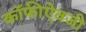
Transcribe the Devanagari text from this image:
कॉफीऐवजी